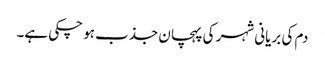
دم کی بریانی شہر کی پہچان جذب ہو چکی ہے۔